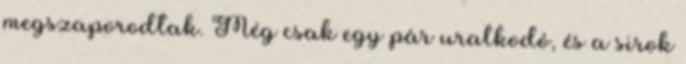
megszaporodtak. Még csak egy pár uralkodó, és a sirok